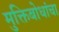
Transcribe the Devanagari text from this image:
मुक्तिबोधांचा